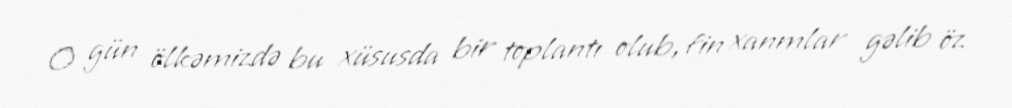
O gün ölkəmizdə bu xüsusda bir toplantı olub, fin xanmlar gəlib öz